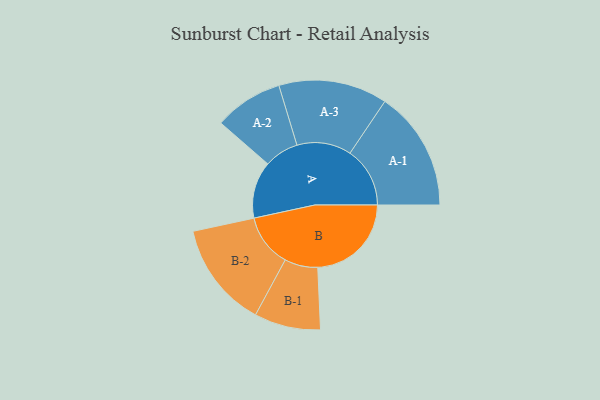
{"axis": {"x": "Segment", "y": "Value"}, "legend": ["", "A", "B"], "data": [{"x": "A", "y": 225, "type": ""}, {"x": "B", "y": 370, "type": ""}, {"x": "A-1", "y": 237, "type": "A"}, {"x": "A-2", "y": 136, "type": "A"}, {"x": "A-3", "y": 215, "type": "A"}, {"x": "B-1", "y": 131, "type": "B"}, {"x": "B-2", "y": 209, "type": "B"}]}